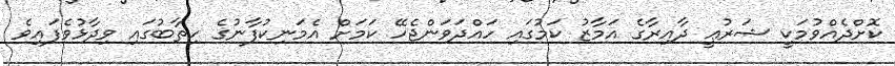
ކޮށްދެއްވުމަކީ ޝަރުޢީ ދާއިރާގެ އަމާޒު ކަމުގައި ހައްދަވަންޖެހޭ ކަމަށް އެމަނިކުފާނުގެ ހިތާބުގައި ވިދާޅުވެފައިވެ